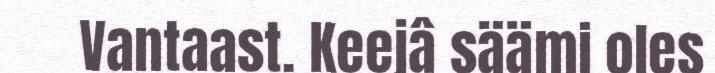
Vantaast. Keejâ säämi oles